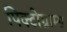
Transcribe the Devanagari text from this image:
पिक्टोग्राम्स